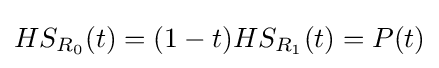
HS_{R_{0}}(t)=(1-t)HS_{R_{1}}(t)=P(t)